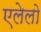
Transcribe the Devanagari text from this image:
एलेलो